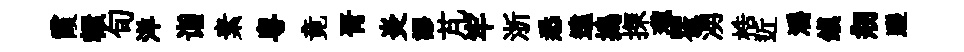
霞轘旬洋诣素粵竟胥炎謬芃牢浙悉遠搗探瓏瞿湧梏近灂鎮剏蹉